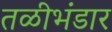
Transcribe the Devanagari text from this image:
तळीभंडार